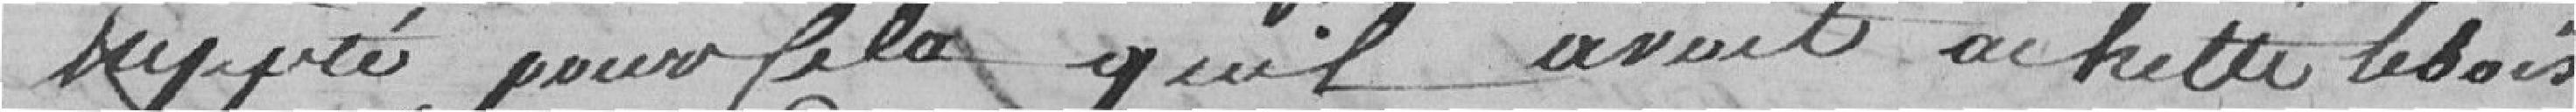
supporté pour cela qu'il avait acheté le bois